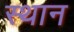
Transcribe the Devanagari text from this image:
स्‍थान